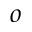
o